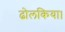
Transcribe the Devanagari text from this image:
ढोलकिया।